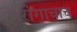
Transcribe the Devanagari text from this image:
रोगाचाच